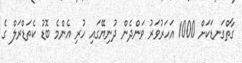
ގާތްގަނޑަކަށް 1000 އަހަރުވަރު ވަންދެން ދުނިޔޭގައި ހުރި އެންމެ ބޮޑު ކެތަޑްރަލް ގެ